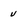
Character: u